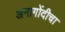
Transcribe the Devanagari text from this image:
अनागोंदीचा